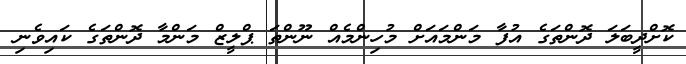
ކޮށްދީބަލަ ދޮންތަގެ އުފާ މަންމައަށް މުހިންމެއް ނޫންތަ ޕްލީޒް މަންމާ ދޮންތަގެ ކައިވެނި